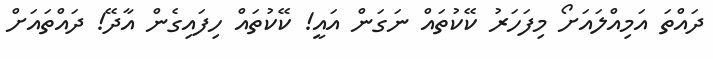
ދައްތަ އަމިއްލައަށޯ މިފަހަރު ކޭކުތައް ނަގަން އައީ! ކޭކުތައް ހިފައިގެން އާދޭ! ދައްތައަށް